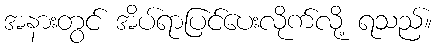
အနားတွင် အိပ်ရာပြင်ပေးလိုက်လို့ ရသည်။